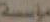
مؤسسة